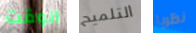
الوقت التلميح نظريا